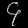
Digit: ၄